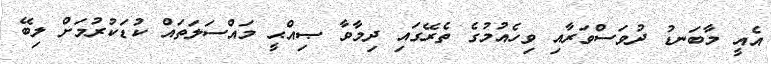
އެއީ މާބަނޑު ދުވަސްވަރާއި ވިހެއުމުގެ ތެރޭގައި ދިމާވާ ޞިއްޙީ މައްސަލަތައް ކުޑަކުރުމަށް ލިބޭ